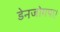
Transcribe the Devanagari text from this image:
डेनजोगपा।